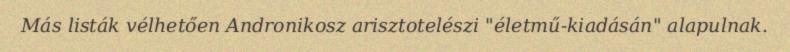
Más listák vélhetően Andronikosz arisztotelészi "életmű-kiadásán" alapulnak.